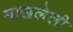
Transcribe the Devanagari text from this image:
माखलेली